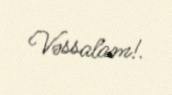
Vəssalam!.